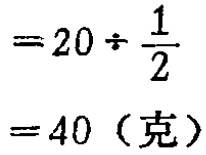
\[

\begin{align*}

&=20\div\frac{1}{2}\\

&= 40 \text{（克）}

\end{align*}

\]